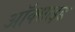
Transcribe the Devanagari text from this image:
अॉक्साइड